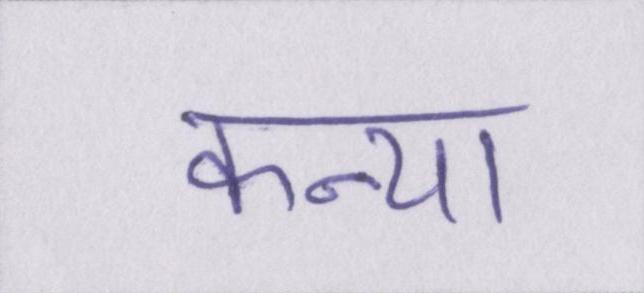
कन्या